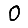
Digit: 0